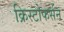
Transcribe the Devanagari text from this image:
क्रिस्टोफर्सन